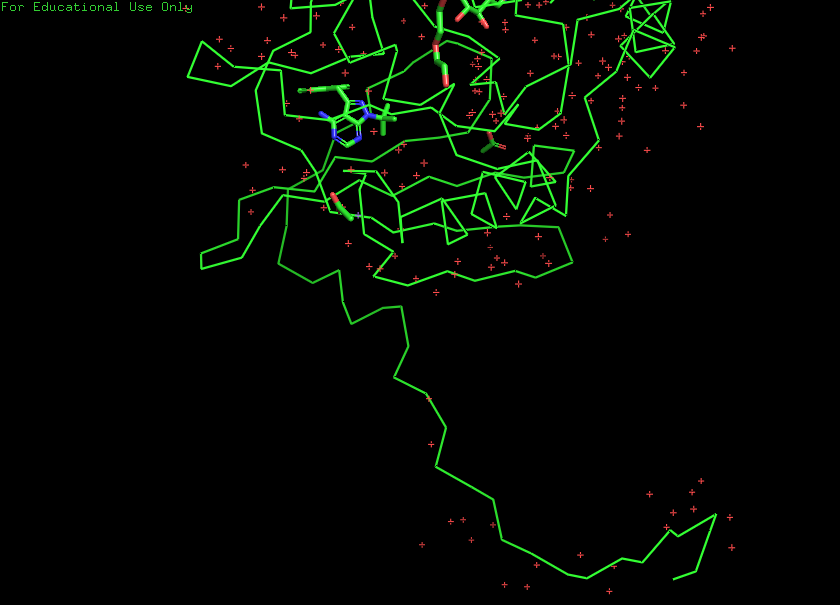
pymol, preset, simple